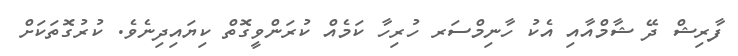
ފާރިޝް ދޭ ޝާމްއާއި އެކު ހާނިމްސަރ ހުރިހާ ކަމެއް ކުރަންވީގޮތް ކިޔައިދިނެވެ. ކުރުގޮތަކަށް